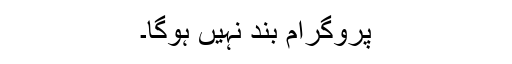
پروگرام بند نہیں ہوگا۔